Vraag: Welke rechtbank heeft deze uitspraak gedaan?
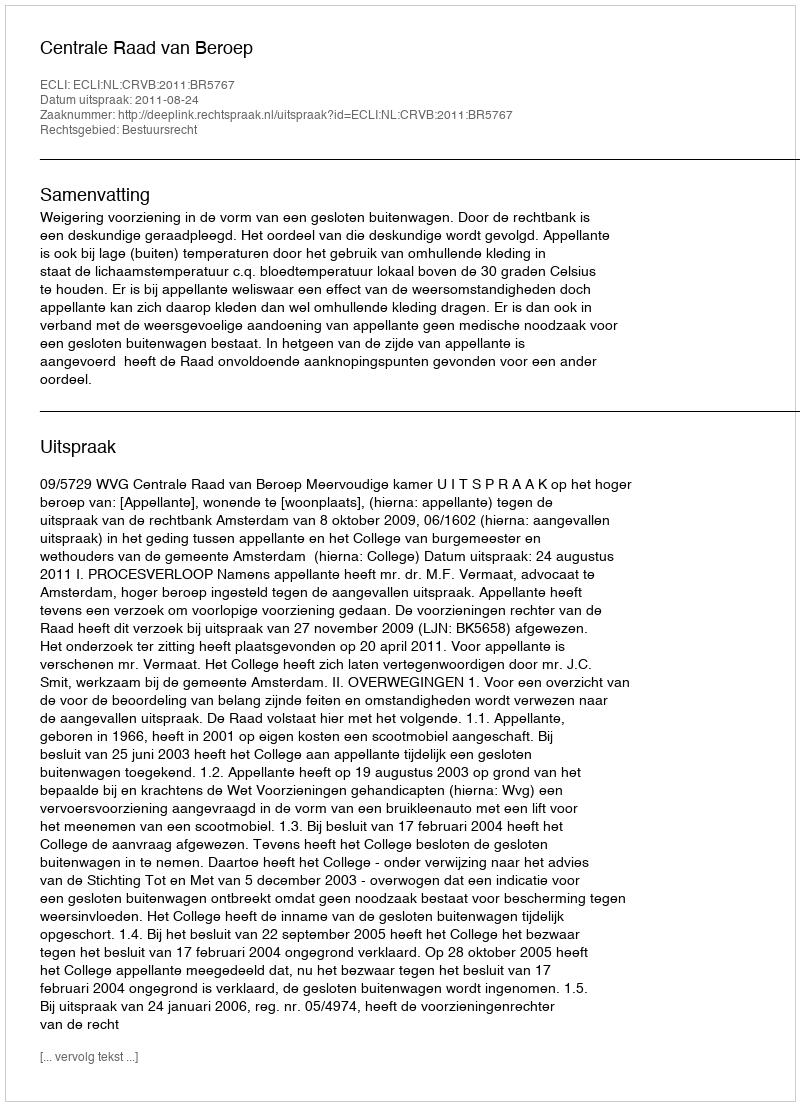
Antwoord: Centrale Raad van Beroep